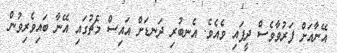
އޭނާއަށް ފަރުވާވެސް ދީފައި ވެއެވެ. އެނބުރި ދަނޑަށް އައިސް މެޗުގައި އޭނާ ބައިވެރިވުން